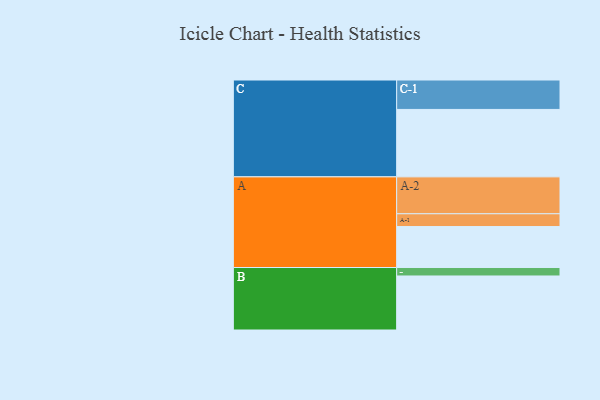
{"axis": {"x": "Segment", "y": "Value"}, "legend": ["", "A", "B", "C"], "data": [{"x": "A", "y": 330, "type": ""}, {"x": "B", "y": 435, "type": ""}, {"x": "C", "y": 543, "type": ""}, {"x": "A-1", "y": 103, "type": "A"}, {"x": "A-2", "y": 297, "type": "A"}, {"x": "B-1", "y": 68, "type": "B"}, {"x": "C-1", "y": 237, "type": "C"}]}